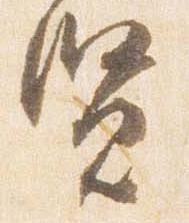
賢